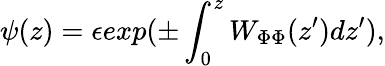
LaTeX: \psi(z)=\epsilon exp(\pm\int_{0}^{z}W_{\Phi\Phi}(z^{\prime})dz^{\prime}),